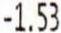
-1.53